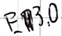
Text: E3.0